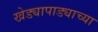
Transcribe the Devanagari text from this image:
खेड्यापाड्याच्या